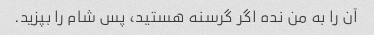
آن را به من نده اگر گرسنه هستید، پس شام را بپزید.